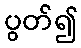
ပွတ်၍